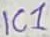
Text: IC1